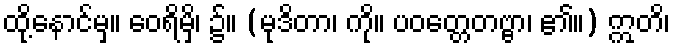
ထို့နောင်မှ။ ဝေရိမှိ၊ ၌။ (မုဒိတာ၊ ကို။ ပဝတ္တေတဗ္ဗာ၊ ၏။) ဣတိ၊